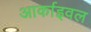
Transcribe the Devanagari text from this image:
आर्काइवल